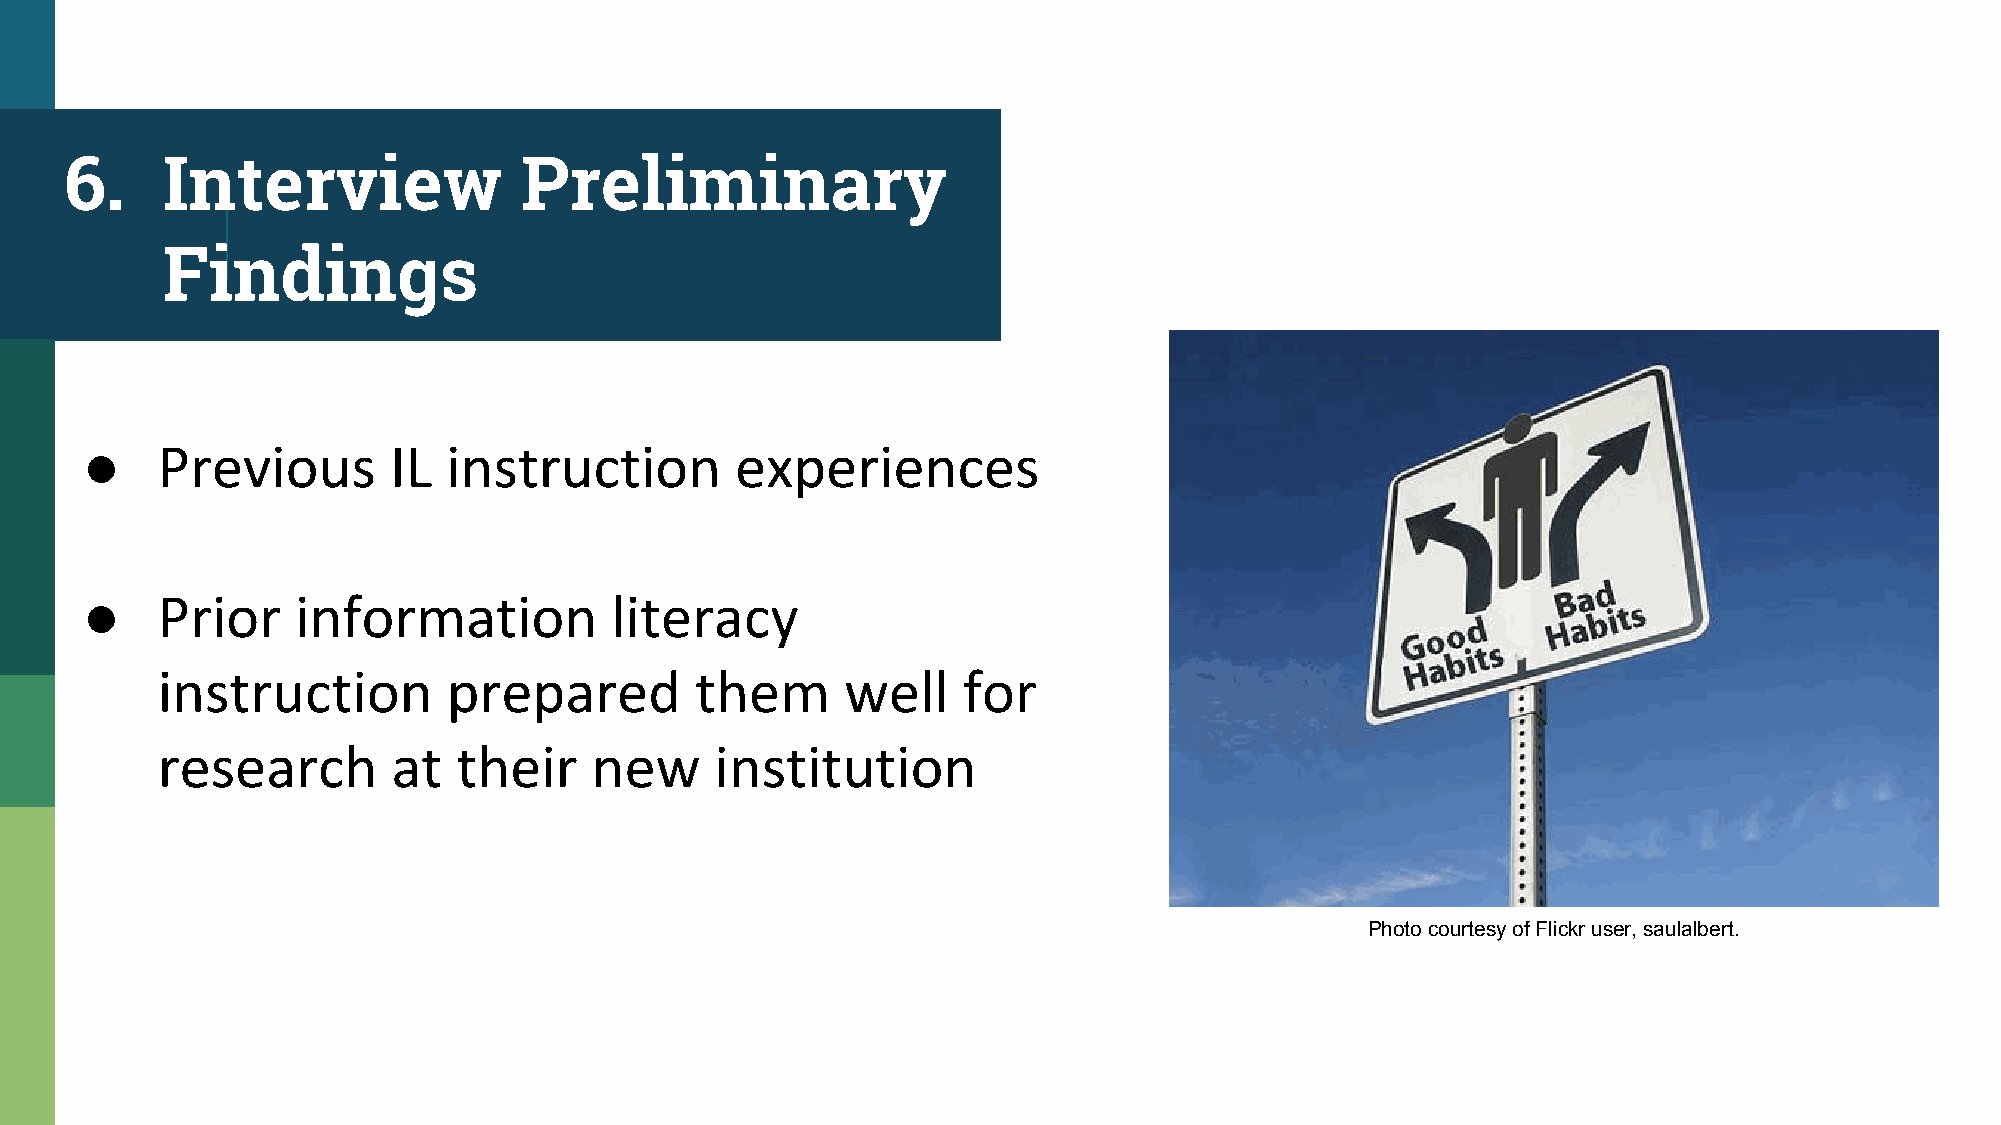
6.     Interview              Preliminary
 Findings
 ●
 ●
 Photo courtesy of Flickr user, saulalbert.